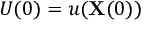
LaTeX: U ( 0 ) = u ( \mathbf { X } ( 0 ) )